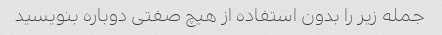
جمله زیر را بدون استفاده از هیچ صفتی دوباره بنویسید